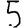
Digit: 5